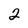
Character: 2